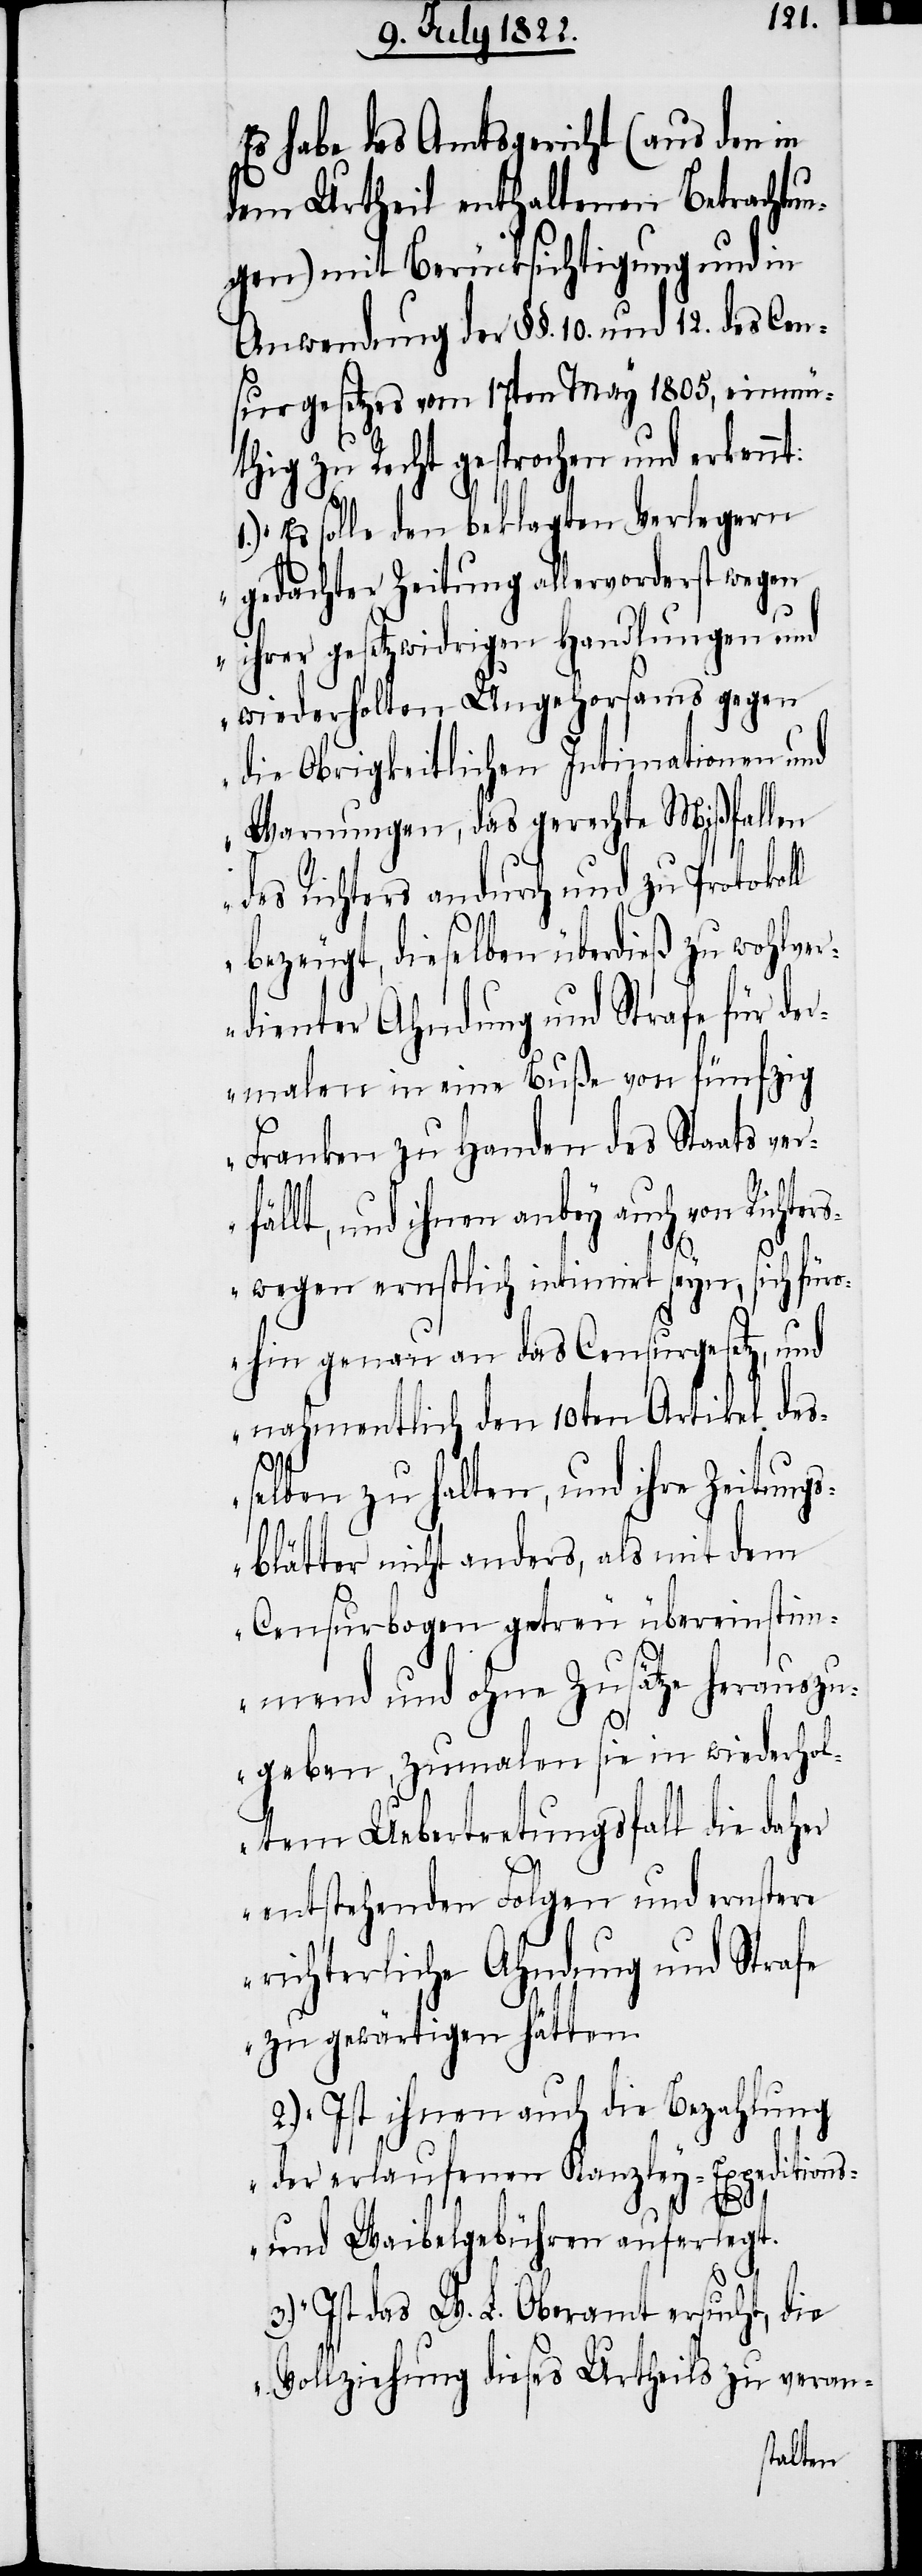
Es habe das Amtsgericht (aus den in
dem Urtheil enthaltenen Betrachtun¬
gen) mit Berücksichtigung und in
Anwendung der §§. 10. und 12. des Cen¬
surgesetzes vom 17ten May 1805, einmü¬
thig zu Recht gesprochen und erkennt:
„Es solle den beklagten Verlegern
gedachter Zeitung allervorderst wegen
ihrer gesetzwidrigen Handlungen und
wiederholten Ungehorsams gegen
die Obrigkeitlichen Intimationen und
Warnungen, das gerechte Mißfallen
des Richters andurch und zu Protokol¬
bezeugt, dieselben überdieß zu wohlver¬
dienter Ahndung und Strafe für der¬
malen in eine Buße von fünfzig
Franken zu Handen des Staats ver¬
lt, und ihnen anbey auch von
wegen ernstlich intimirt seyn, sich für¬
ohin genau an das Censurgesetz, und
nahmentlich den 10ten Artikel des¬
fäl¬
selben zu halten, und ihre Zeitungs¬
blätter nicht anders, als mit dem
Censurbogen getreu übereinstim¬
mend und ohne Zusätze herauszu¬
geben, zumalen sie in wiederhol¬
tem Uebertretungsfall die dah¬
entstehenden Folgen und ernstere
richterliche Ahndung und Strafe
zu gewärtigen hätten.
2.) Ist ihnen auch die Bezahlung
der erlaufenen Kanzley-Expeditions-
er
und Waibelgebühren auferlegt.
3.) Ist das W. L. Oberamt ersucht, die
Vollziehung dieses Urtheils zu veran-